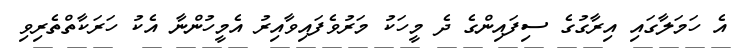
އެ ހަމަލާގައި އިރާގުގެ ސިފައިންގެ ދެ މީހަކު މަރުވެފައިވާއިރު އެމީހުންނާ އެކު ހަރަކާތްތެރިވި